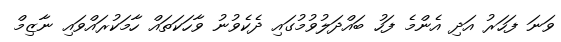
ވަނަ ފަހަރު އަދި އެންމެ ފަހު ބައްދަލުވުމުގައި ދެކެވުނު ވާހަކަތައް ހާމަކުރައްވައި ނާޒިމް